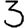
Digit: 3